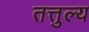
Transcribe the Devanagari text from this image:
तत्तुल्य